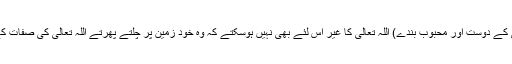
اولیاء اللہ (اللہ تعالیٰ کے دوست اور محبوب بندے) اللہ تعالیٰ کا غیر اس لئے بھی نہیں ہوسکتے کہ وہ خود زمین پر چلتے پھرتے اللہ تعالیٰ کی صفات کے مظہر ہوتے ہیں۔